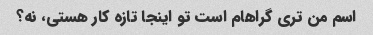
اسم من تری گراهام است تو اینجا تازه کار هستی، نه؟